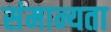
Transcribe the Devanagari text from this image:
संमान्यता